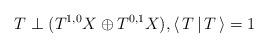
LaTeX: \begin{align*}T\perp (T^{1,0}X\oplus T^{0,1}X), \langle\,T\,|\,T\,\rangle=1\end{align*}